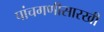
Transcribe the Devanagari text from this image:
पांचगणीसारखी